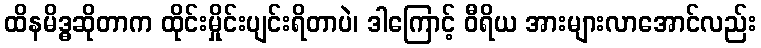
ထိနမိဒ္ဓဆိုတာက ထိုင်းမှိုင်းပျင်းရိတာပဲ၊ ဒါကြောင့် ဝီရိယ အားများလာအောင်လည်း